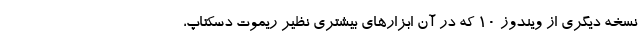
نسخه دیگری از ویندوز ۱۰ که در آن ابزارهای بیشتری نظیر ریموت دسکتاپ،